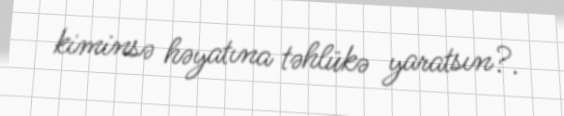
kiminsə həyatına təhlükə yaratsın?.